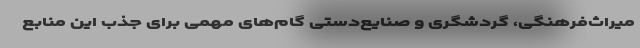
میراث‌فرهنگی، گردشگری و صنایع‌دستی گام‌های مهمی برای جذب این منابع